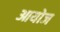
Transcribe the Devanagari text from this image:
आयोज